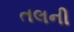
તલની